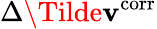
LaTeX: \Delta\Tilde{\mathbf{v}}^{\mathrm{{corr}}}